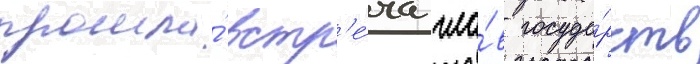
прошла́ встр'е́ча гла́в госуда́рств